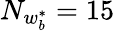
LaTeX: N_{w_{b}^{*}}=15